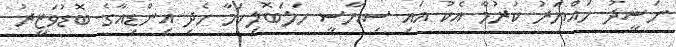
ނަޝީދު ހައްޔަރު ކުރުމާ އެކު އައި ސިޔާސީ ހަލަބޮލިކަމާ ހެދި އިންޑިއާގެ ބޮޑުވަޒީރު